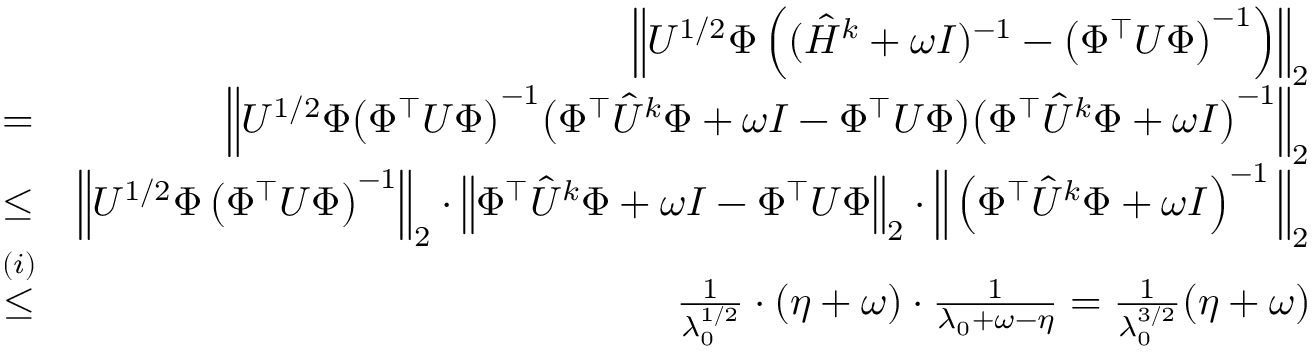
\begin{array} { r l r } & { \ } & { \left\| U ^ { 1 / 2 } \Phi \left( ( \hat { H } ^ { k } + \omega I ) ^ { - 1 } - \left( \Phi ^ { \top } U \Phi \right) ^ { - 1 } \right) \right\| _ { 2 } } \\ & { = } & { \Big \| U ^ { 1 / 2 } \Phi \big ( \Phi ^ { \top } U \Phi \big ) ^ { - 1 } \big ( \Phi ^ { \top } \hat { U } ^ { k } \Phi + \omega I - \Phi ^ { \top } U \Phi \big ) \big ( \Phi ^ { \top } \hat { U } ^ { k } \Phi + \omega I \big ) ^ { - 1 } \Big \| _ { 2 } } \\ & { \leq } & { \left\| U ^ { 1 / 2 } \Phi \left( \Phi ^ { \top } U \Phi \right) ^ { - 1 } \right\| _ { 2 } \cdot \left\| \Phi ^ { \top } \hat { U } ^ { k } \Phi + \omega I - \Phi ^ { \top } U \Phi \right\| _ { 2 } \cdot \Big \| \left( \Phi ^ { \top } \hat { U } ^ { k } \Phi + \omega I \right) ^ { - 1 } \Big \| _ { 2 } } \\ & { \overset { ( i ) } { \leq } } & { \frac { 1 } { \lambda _ { 0 } ^ { 1 / 2 } } \cdot ( \eta + \omega ) \cdot \frac { 1 } { \lambda _ { 0 } + \omega - \eta } = \frac { 1 } { \lambda _ { 0 } ^ { 3 / 2 } } ( \eta + \omega ) } \end{array}